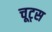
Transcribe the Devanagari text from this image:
चूट्स